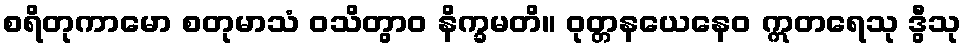
စရိတုကာမော စတုမာသံ ဝသိတွာဝ နိက္ခမတိ။ ဝုတ္တနယေနေဝ ဣတရေသု ဒွီသု